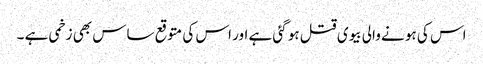
اس کی ہو نے والی بیوی قتل ہو گئی ہے اور اس کی متوقع ساس بھی زخمی ہے ۔